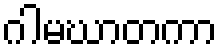
ဂါမဃာတကာ